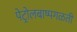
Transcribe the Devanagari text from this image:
पेट्रोलबाष्पगळती